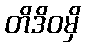
တိဒိဝမှိ